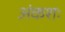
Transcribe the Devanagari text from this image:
अंकशः